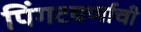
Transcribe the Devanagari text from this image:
पिंगटवर्णाची